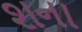
શના